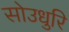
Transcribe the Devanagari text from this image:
सोउधुरि